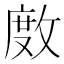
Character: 𢾅